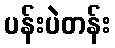
ပန်းပဲတန်း